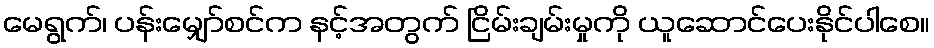
မေရွက်၊ ပန်းမျှော်စင်က နင့်အတွက် ငြိမ်းချမ်းမှုကို ယူဆောင်ပေးနိုင်ပါစေ။